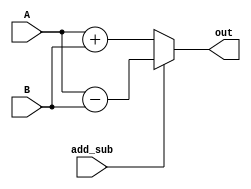
module adder(
    input add_sub,
    input [15:0] A,B,
    output [15:0] out
    );
    
    assign out = (add_sub)?A-B:(~add_sub)?A+B:16'bx;
endmodule